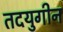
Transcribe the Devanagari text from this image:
तदयुगीन